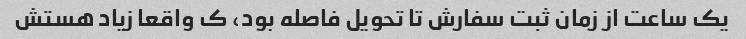
یک ساعت از زمان ثبت سفارش تا تحویل فاصله بود، ک واقعا زیاد هستش